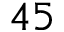
4 5